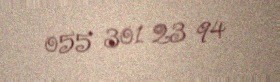
055 301 23 94